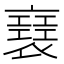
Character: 𧝑